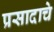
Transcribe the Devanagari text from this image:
प्रसादाचे